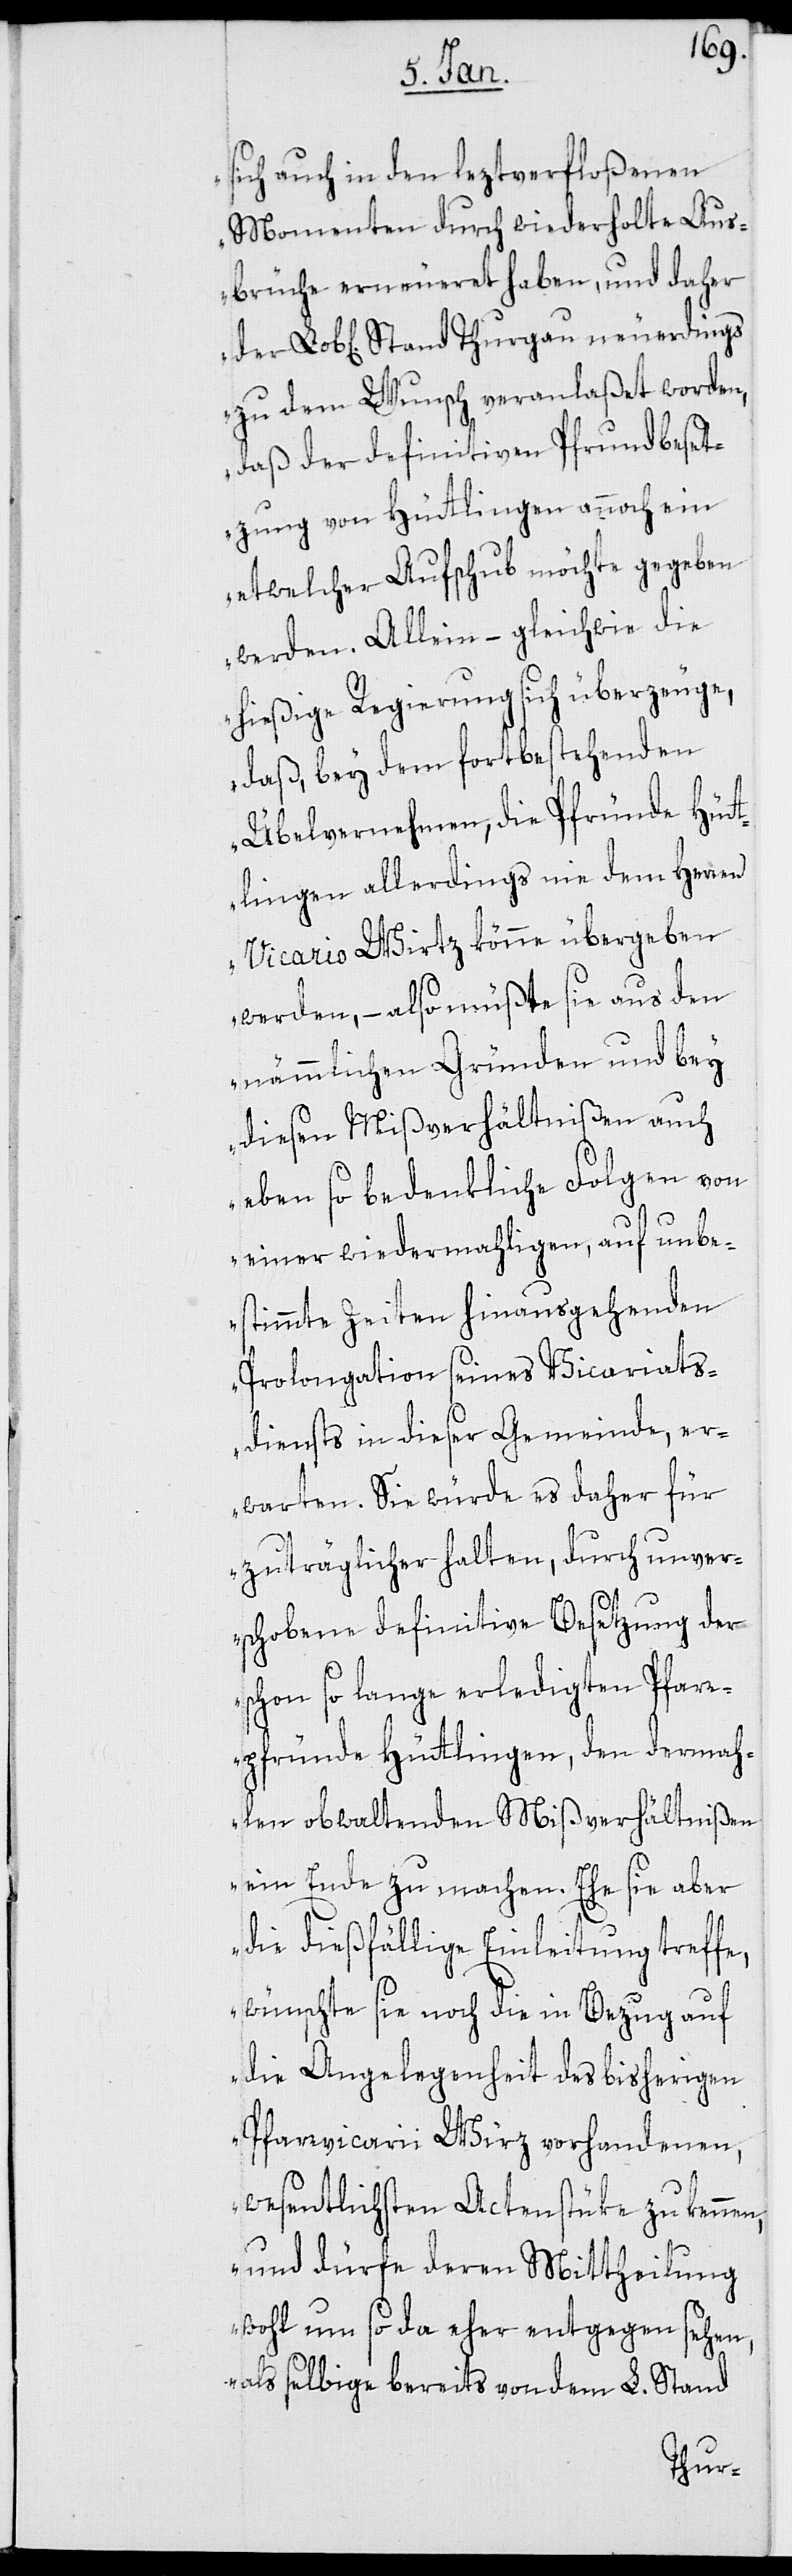
sich auch in den leztverfloßenen
Momenten durch wiederholte Aus¬
brüche erneueret haben, und daher
der Lob[liche] Stand Thurgau neuerdings
zu dem Wunsch veranlaßet worden,
daß der definitiven Pfrundbeset¬
zung von Hüttlingen annoch ein
etwelcher Aufschub möchte gegeben
werden. Allein, – gleichwie die
hießige Regierung sich überzeuge,
daß bey dem fortbestehenden
Übelvernehmen, die Pfründe Hüt¬
tlingen allerdings nie dem Herren
Vicario Wirz könne übergeben
werden, – also müßte sie aus den
nämmlichen Gründen und bey
diesen Mißverhältnißen auch
eben so bedenkliche Folgen von
einer wiedermahligen, auf unbe¬
stimmte Zeiten hinausgehenden
Prolongation seines Vicariats¬
diensts in dieser Gemeinde, er¬
warten. Sie würde es daher für
zuträglicher halten, durch unver¬
schobene definitive Besetzung der
schon so lange erledigten Pfarr¬
pfründe Hüttlingen, den dermah¬
len obwaltenden Mißverhältnißen
ein Ende zu machen. Ehe sie aber
die dießfällige Einleitung treffe,
wünschte sie noch die in Bezug auf
die Angelegenheit des bisherigen
Pfarrvicarii Wirz vorhandenen,
wesentlichsten Actenstüke zu kennen,
und dürfe deren Mittheilung
wohl um so da eher entgegen sehen,
als selbige bereits von dem L. Stand